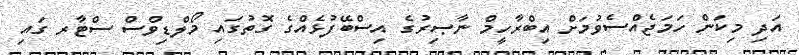
އަދި މިކަން ހަމަޖެއްސެވުމަށް އިބްރާހީމް ނާޞިރުގެ އިސްބޭފުޅެއްގެ ގޮތުގައި މޯލްޑިވްސް ސްޓާރ ގައި